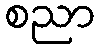
စညာ